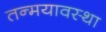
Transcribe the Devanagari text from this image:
तन्मयावस्था